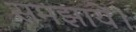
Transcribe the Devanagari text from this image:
समझायें।